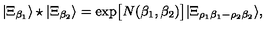
| \Xi _ { \beta _ { 1 } } \rangle \star | \Xi _ { \beta _ { 2 } } \rangle = \exp \bigl [ N ( \beta _ { 1 } , \beta _ { 2 } ) \bigr ] | \Xi _ { \rho _ { 1 } \beta _ { 1 } - \rho _ { 2 } \beta _ { 2 } } \rangle ,